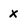
Character: x